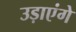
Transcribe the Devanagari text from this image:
उड़ाएंगे